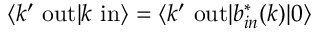
\langle k ^ { \prime } \ \mathrm { o u t } | k \ \mathrm { i n } \rangle = \langle k ^ { \prime } \ \mathrm { o u t } | b _ { i n } ^ { * } ( k ) | 0 \rangle